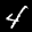
Label: 4